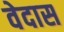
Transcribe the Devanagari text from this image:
वेदास